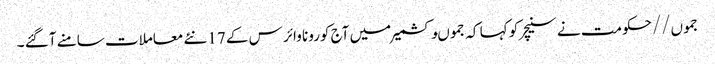
جموں//حکومت نے سنیچر کو کہا کہ جموںوکشمیر میں آج کورونا وائر س کے 17نئے معاملات سامنے آگئے ۔